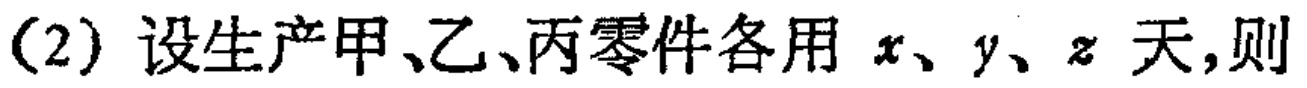
(2) 设生产甲、乙、丙零件各用 \(x、y、z\) 天,则